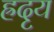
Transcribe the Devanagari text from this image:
ह्रदृय